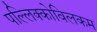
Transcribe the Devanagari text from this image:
पल्लिक्कोविलकम